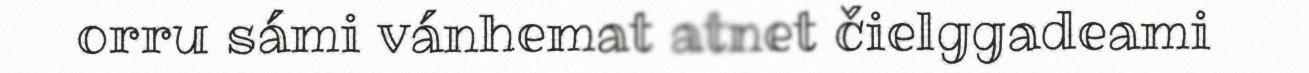
orru sámi vánhemat atnet čielggadeami